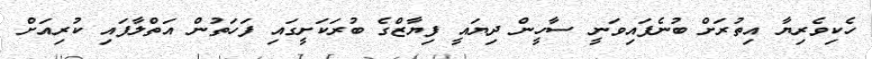
ހެކިވެރިޔާ އިތުރަށް ބުނެފައިވަނީ ސާހީން ދިޔައީ ފިޔާޒްގެ ބުރަކަށީގައި ފަހަތުން އަތްލާފައި ކުރިއަށް